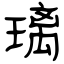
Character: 璃